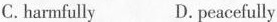
C. harmfully D. peacefully